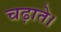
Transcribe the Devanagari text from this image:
चढ़ाते।